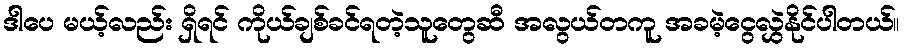
ဒါပေ မယ့်လည်း ရှိရင် ကိုယ်ချစ်ခင်ရတဲ့သူတွေဆီ အလွယ်တကူ အခမဲ့ငွေလွှဲနိုင်ပါတယ်။